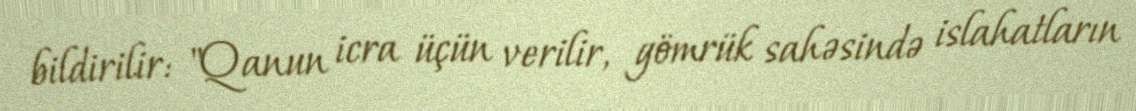
bildirilir: "Qanun icra üçün verilir, gömrük sahəsində islahatların